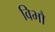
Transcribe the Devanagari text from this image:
विभौ